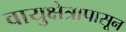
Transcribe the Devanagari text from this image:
वायुक्षेत्रापासून